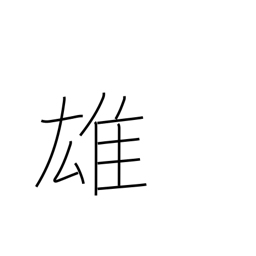
Meaning: superiority